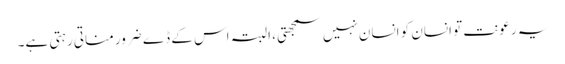
یہ رعونت تو انسان کو انسان نہیں سمجھتی، البتہ اس کے ڈے ضرور مناتی رہتی ہے۔